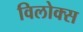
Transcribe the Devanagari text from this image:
विलोक्स